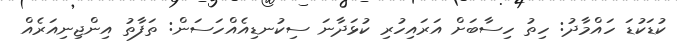
ކުޑަކުޑަ ހައްމާދު: ހިތު ހިސާބަށް އަރައިހުރި ކުޅަދާނަ ސިކުނޑިއެއްހަސަން: ތަފާތު އިންޖިނިއަރެއް